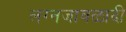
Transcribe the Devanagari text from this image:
लग्नजावळादी